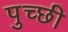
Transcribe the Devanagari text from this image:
पुच्छी